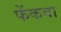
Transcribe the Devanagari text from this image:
फेंकवा